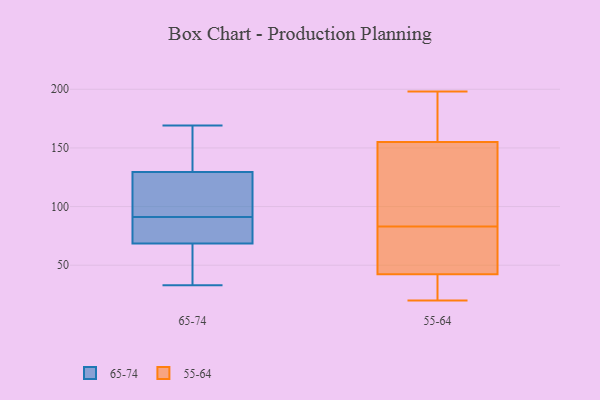
{"axis": {"x": "Headcount", "y": "Value"}, "legend": ["55-64", "65-74"], "data": [{"x": "", "y": 94, "type": "65-74"}, {"x": "", "y": 76, "type": "65-74"}, {"x": "", "y": 148, "type": "65-74"}, {"x": "", "y": 75, "type": "65-74"}, {"x": "", "y": 56, "type": "65-74"}, {"x": "", "y": 123, "type": "65-74"}, {"x": "", "y": 169, "type": "65-74"}, {"x": "", "y": 88, "type": "65-74"}, {"x": "", "y": 62, "type": "65-74"}, {"x": "", "y": 136, "type": "65-74"}, {"x": "", "y": 106, "type": "65-74"}, {"x": "", "y": 33, "type": "65-74"}, {"x": "", "y": 83, "type": "55-64"}, {"x": "", "y": 33, "type": "55-64"}, {"x": "", "y": 34, "type": "55-64"}, {"x": "", "y": 77, "type": "55-64"}, {"x": "", "y": 45, "type": "55-64"}, {"x": "", "y": 57, "type": "55-64"}, {"x": "", "y": 161, "type": "55-64"}, {"x": "", "y": 20, "type": "55-64"}, {"x": "", "y": 88, "type": "55-64"}, {"x": "", "y": 173, "type": "55-64"}, {"x": "", "y": 153, "type": "55-64"}, {"x": "", "y": 198, "type": "55-64"}, {"x": "", "y": 149, "type": "55-64"}]}